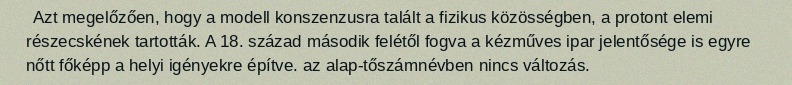
Azt megelőzően, hogy a modell konszenzusra talált a fizikus közösségben, a protont elemi részecskének tartották. A 18. század második felétől fogva a kézműves ipar jelentősége is egyre nőtt főképp a helyi igényekre építve. az alap-tőszámnévben nincs változás.